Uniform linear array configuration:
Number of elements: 32
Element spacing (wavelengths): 0.25
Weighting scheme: hann
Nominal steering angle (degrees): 60
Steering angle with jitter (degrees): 59.047
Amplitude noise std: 0.05
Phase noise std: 0.05

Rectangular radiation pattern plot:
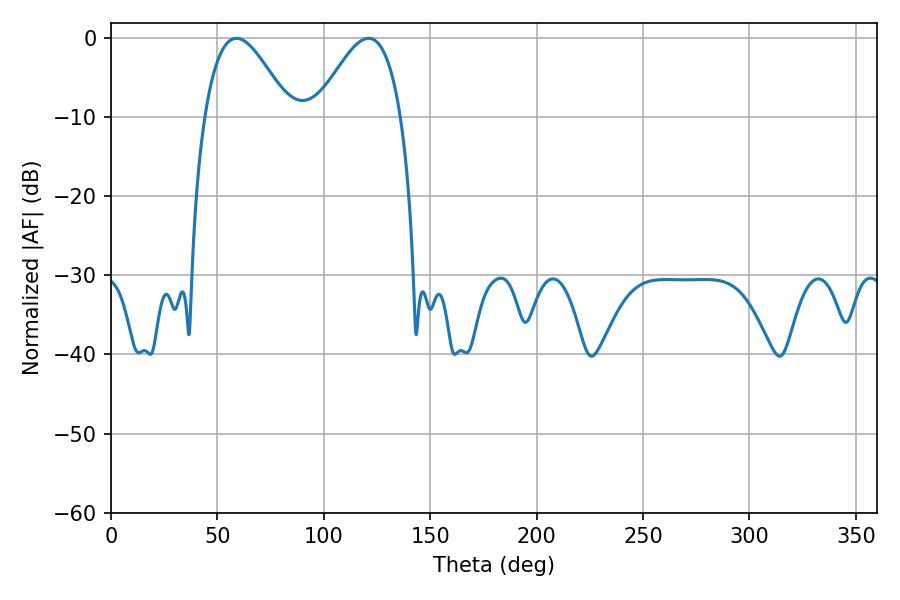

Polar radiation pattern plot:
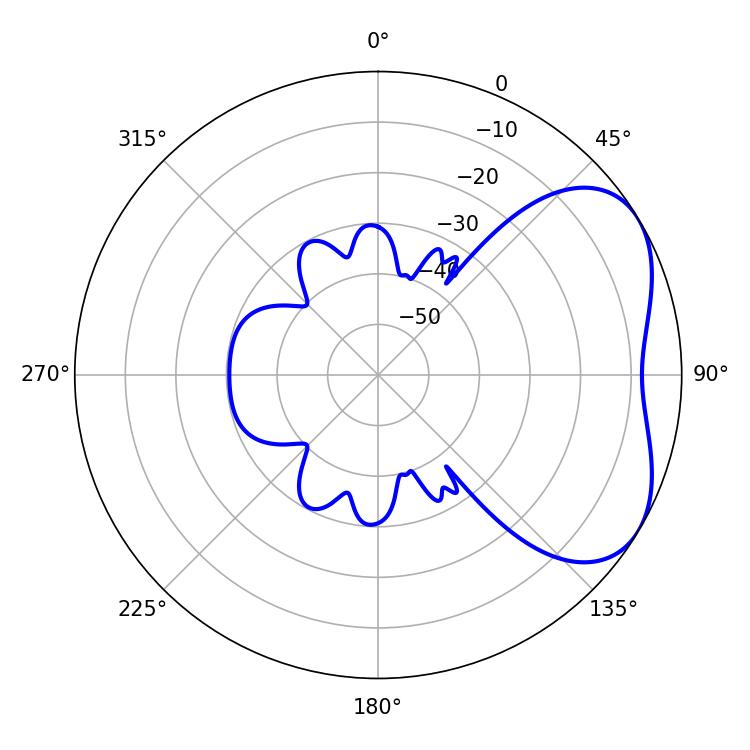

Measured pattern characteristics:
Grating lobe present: FALSE
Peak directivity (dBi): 4.332
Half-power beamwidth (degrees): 21.42
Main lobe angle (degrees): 120.96